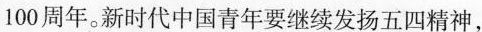
100周年。新时代中国青年要继续发扬五四精神，